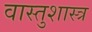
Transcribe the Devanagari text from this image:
वास्‍तुशास्‍त्र